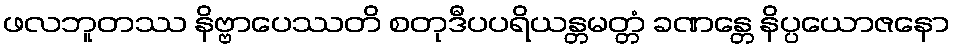
ဖလဘူတဿ နိဗ္ဗာပေဿတိ စတုဒီပပရိယန္တမတ္တံ ခဏန္တေ နိပ္ပယောဇနော